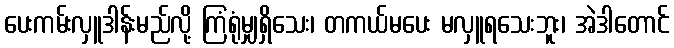
ပေးကမ်းလှူဒါန်းမည်လို့ ကြံရုံမျှရှိသေး၊ တကယ်မပေး မလှူရသေးဘူး၊ အဲဒါတောင်